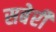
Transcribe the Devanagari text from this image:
सबेरी